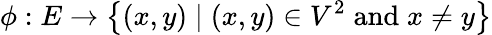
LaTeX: \phi:E\to\left\{ (x,y)\mid(x,y)\in V^{2}\; {\textrm{and}}\; x\neq y\right\}